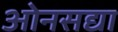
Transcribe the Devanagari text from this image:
ओनसद्या